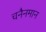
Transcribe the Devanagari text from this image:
चनैनमान